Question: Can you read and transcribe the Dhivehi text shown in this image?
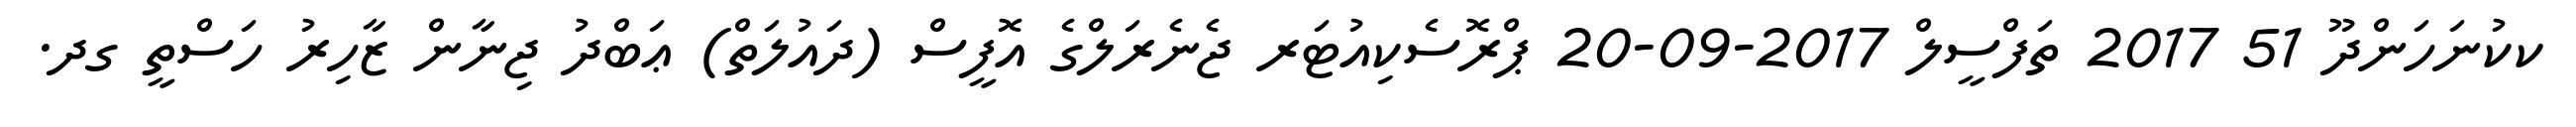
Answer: ކކުނަހަންދޫ 51 2017 ތަފްސީލް 2017-09-20 ޕްރޮސެކިއުޓަރ ޖެނެރަލްގެ އޮފީސް (ދައުލަތް) ޢަބްދު ޖިނާން ޒާހިރު ހަސްތީ ގދ.